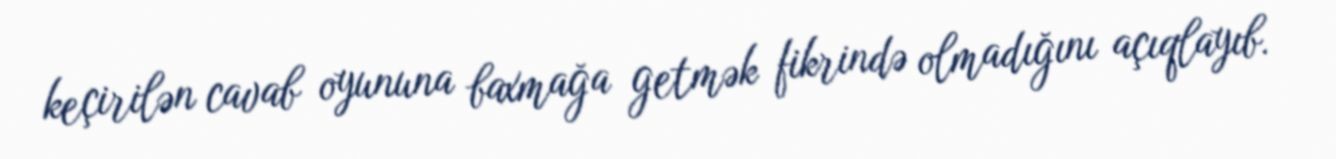
keçirilən cavab oyununa baxmağa getmək fikrində olmadığını açıqlayıb.